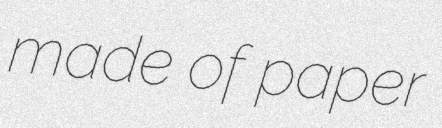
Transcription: made of paper